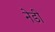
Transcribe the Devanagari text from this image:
नेडी